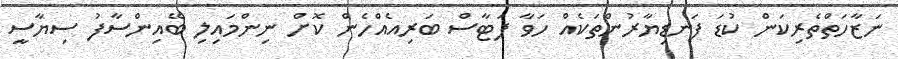
ނަޒާހަތްތެރިކަން ކުޑަ ފަނޑިޔާރުންތަކެއް ހަވާ ފަޓާސް ބަރިއެއްހެން ކޮށް ނިންމައިލި ބޭއިންސާފު ސިޔާސީ